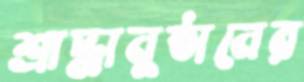
শ্রাদ্ধানুষ্ঠানের